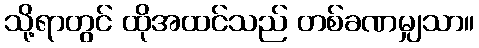
သို့ရာတွင် ထိုအထင်သည် တစ်ခဏမျှသာ။